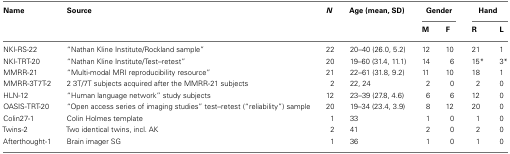
<table><thead><tr><td><b>Name</b></td><td><b>Source</b></td><td><b><i>N</i></b></td><td><b>Age (mean, SD)</b></td><td colspan="2"><b>Gender</b></td><td colspan="2"><b>Hand</b></td></tr><tr><td></td><td></td><td></td><td></td><td><b>M</b></td><td><b>F</b></td><td><b>R</b></td><td><b>L</b></td></tr></thead><tbody><tr><td>NKI-RS-22</td><td>“Nathan Kline Institute/Rockland sample”</td><td>22</td><td>20–40 (26.0, 5.2)</td><td>12</td><td>10</td><td>21</td><td>1</td></tr><tr><td>NKI-TRT-20</td><td>“Nathan Kline Institute/Test–retest”</td><td>20</td><td>19–60 (31.4, 11.1)</td><td>14</td><td>6</td><td>15*</td><td>3*</td></tr><tr><td>MMRR-21</td><td>“Multi-modal MRI reproducibility resource”</td><td>21</td><td>22–61 (31.8, 9.2)</td><td>11</td><td>10</td><td>18</td><td>1</td></tr><tr><td>MMRR-3T7T-2</td><td>2 3T/7T subjects acquired after the MMRR-21 subjects</td><td>2</td><td>22, 24</td><td>2</td><td>0</td><td>2</td><td>0</td></tr><tr><td>HLN-12</td><td>“Human language network” study subjects</td><td>12</td><td>23–39 (27.8, 4.6)</td><td>6</td><td>6</td><td>12</td><td>0</td></tr><tr><td>OASIS-TRT-20</td><td>“Open access series of imaging studies” test–retest (“reliability”) sample</td><td>20</td><td>19–34 (23.4, 3.9)</td><td>8</td><td>12</td><td>20</td><td>0</td></tr><tr><td>Colin27-1</td><td>Colin Holmes template</td><td>1</td><td>33</td><td>1</td><td>0</td><td>1</td><td>0</td></tr><tr><td>Twins-2</td><td>Two identical twins, incl. AK</td><td>2</td><td>41</td><td>2</td><td>0</td><td>2</td><td>0</td></tr><tr><td>Afterthought-1</td><td>Brain imager SG</td><td>1</td><td>36</td><td>1</td><td>0</td><td>1</td><td>0</td></tr></tbody></table>